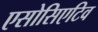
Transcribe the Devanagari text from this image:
एसोसिएटिव